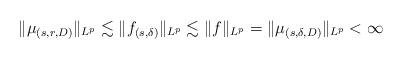
LaTeX: \begin{align*}\|\mu_{(s,r,D)}\|_{L^p} \lesssim \|f_{(s,\delta)}\|_{L^p} \lesssim\|f\|_{L^p}=\|\mu_{(s, \delta, D)}\|_{L^p} <\infty\end{align*}